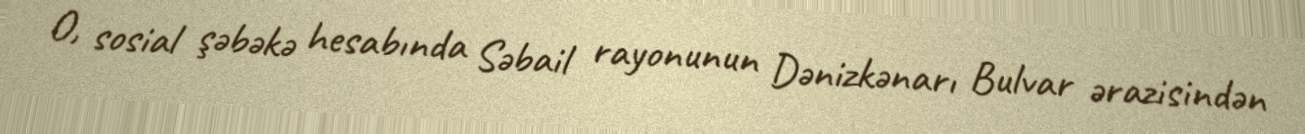
O, sosial şəbəkə hesabında Səbail rayonunun Dənizkənarı Bulvar ərazisindən